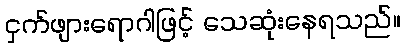
ငှက်ဖျားရောဂါဖြင့် သေဆုံးနေရသည်။